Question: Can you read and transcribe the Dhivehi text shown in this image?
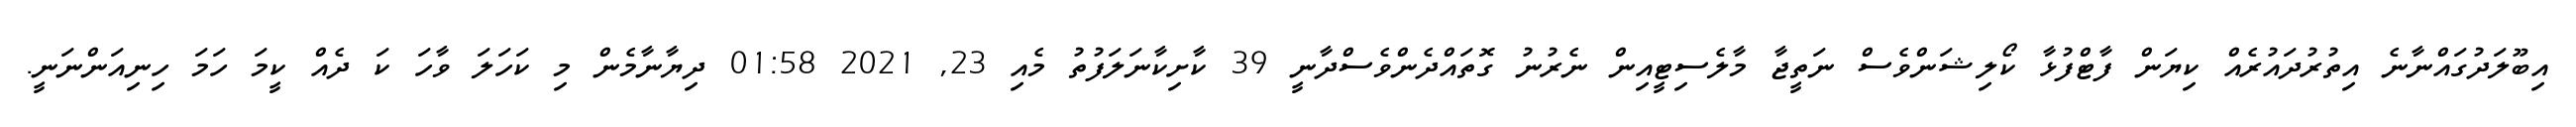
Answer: އިބޫލަދުގައްނާނެ އިތުރުދައުރެއް ކިޔަން ފާޓްފުޅާ ކޯލިޝަންވެސް ނަތީޖާ މާލެސިޓީއިން ނެރުނު ގޮތައްދެންވެސްދާނީ 39 ކާށިކާނަލަފުތު މެއި 23, 2021 01:58 ދިޔާނާމެން މި ކަހަލަ ވާހަ ކަ ދެއް ކީމަ ހަމަ ހިނިއަންނަނީ.